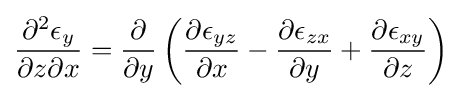
{\frac {\partial ^{2}\epsilon _{y}}{\partial z\partial x}}={\frac {\partial }{\partial y}}\left({\frac {\partial \epsilon _{yz}}{\partial x}}-{\frac {\partial \epsilon _{zx}}{\partial y}}+{\frac {\partial \epsilon _{xy}}{\partial z}}\right)